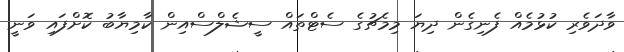
ވާދަވެރި ކުޅުމެއް ފެނިގެން ދިޔަ މިމެޗުގެ ސެޓްތައް ސީޝެލްސްއިން ކާމިޔާބު ކޮށްފައި ވަނީ